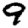
Digit: 9